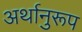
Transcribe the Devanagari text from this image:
अर्थानुरूप